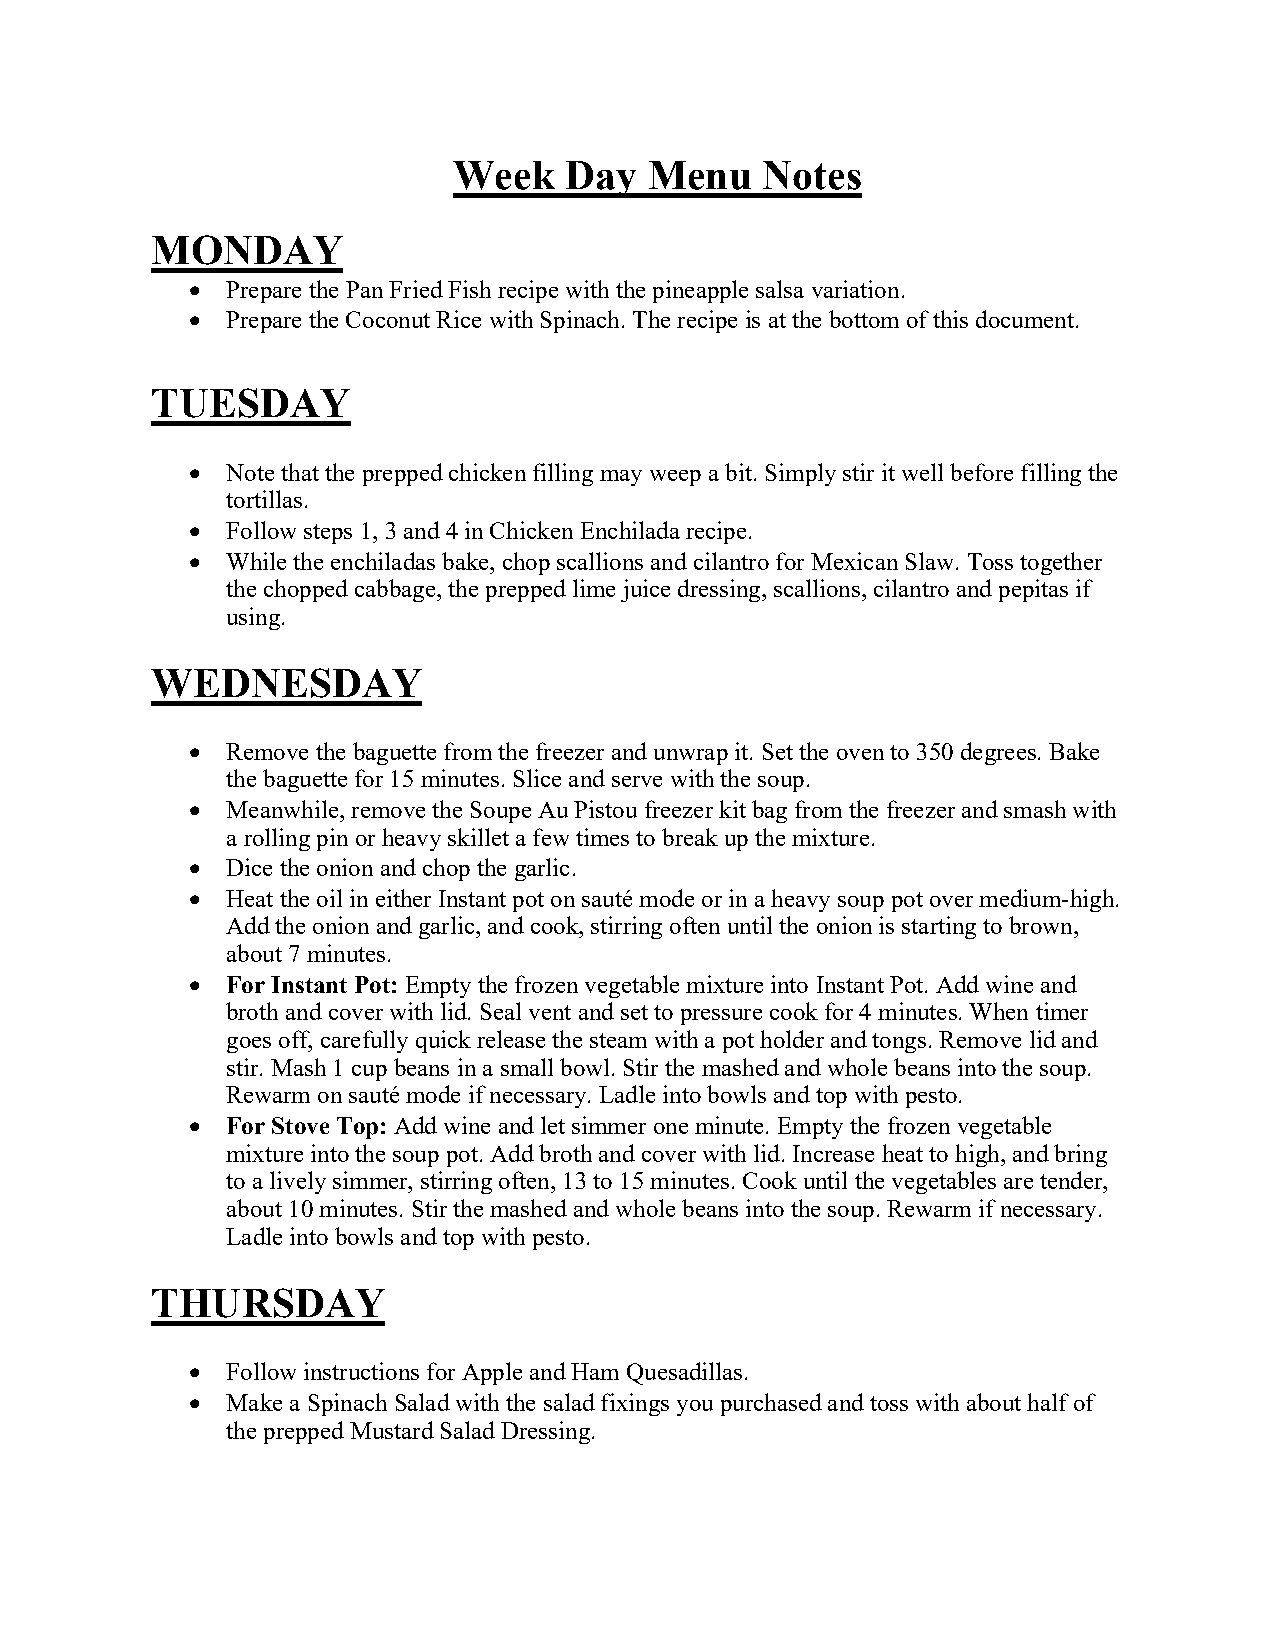
Week   Day   Menu   Notes
 MONDAY
 •  Prepare the Pan Fried Fish recipe with the pineapple salsa variation.
 •  Prepare the Coconut Rice with Spinach. The recipe is at the bottom of this document.
 TUESDAY
 •  Note that the prepped chicken filling may weep a bit. Simply stir it well before filling the
 tortillas.
 •  Follow steps 1, 3 and 4 in Chicken Enchilada recipe.
 •  While the enchiladas bake, chop scallions and cilantro for Mexican Slaw. Toss together
 the chopped cabbage, the prepped lime juice dressing, scallions, cilantro and pepitas if
 using.
 WEDNESDAY
 •  Remove the baguette from the freezer and unwrap it. Set the oven to 350 degrees. Bake
 the baguette for 15 minutes. Slice and serve with the soup.
 •  Meanwhile, remove the Soupe Au Pistou freezer kit bag from the freezer and smash with
 a rolling pin or heavy skillet a few times to break up the mixture.
 •  Dice the onion and chop the garlic.
 •  Heat the oil in either Instant pot on sauté mode or in a heavy soup pot over medium-high.
 Add the onion and garlic, and cook, stirring often until the onion is starting to brown,
 about 7 minutes.
 •  For Instant Pot: Empty the frozen vegetable mixture into Instant Pot. Add wine and
 broth and cover with lid. Seal vent and set to pressure cook for 4 minutes. When timer
 goes off, carefully quick release the steam with a pot holder and tongs. Remove lid and
 stir. Mash 1 cup beans in a small bowl. Stir the mashed and whole beans into the soup.
 Rewarm on sauté mode if necessary. Ladle into bowls and top with pesto.
 •  For Stove Top: Add wine and let simmer one minute. Empty the frozen vegetable
 mixture into the soup pot. Add broth and cover with lid. Increase heat to high, and bring
 to a lively simmer, stirring often, 13 to 15 minutes. Cook until the vegetables are tender,
 about 10 minutes. Stir the mashed and whole beans into the soup. Rewarm if necessary.
 Ladle into bowls and top with pesto.
 THURSDAY
 •  Follow instructions for Apple and Ham Quesadillas.
 •  Make a Spinach Salad with the salad fixings you purchased and toss with about half of
 the prepped Mustard Salad Dressing.